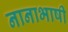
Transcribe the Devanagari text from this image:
नानाभाषी